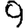
Digit: 9